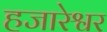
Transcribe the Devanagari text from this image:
हजारेश्वर